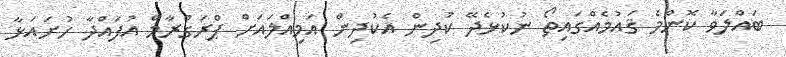
ބައްލަވާ ކޮންމެ ޤައުމެއްގައިތޯ ނުކުޅެދޭ ކުދިން އެކުދިން އަމިއްލައަށް ޕްރަގްރާމް އުފައްދާ ހުށައަޅާ